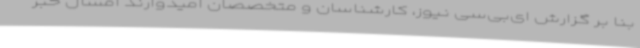
بنا بر گزارش ای‌بی‌سی نیوز، کارشناسان و متخصصان امیدوارند امسال خبر